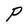
Character: P